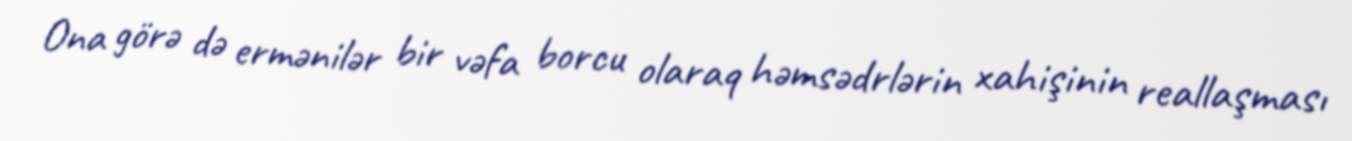
Ona görə də ermənilər bir vəfa borcu olaraq həmsədrlərin xahişinin reallaşması